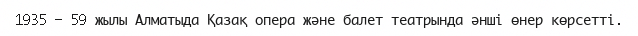
1935 – 59 жылы Алматыда Қазақ опера және балет театрында әнші өнер көрсетті.